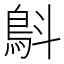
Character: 𩿚